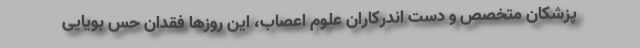
پزشکان متخصص و دست اندرکاران علوم اعصاب، این روزها فقدان حس بویایی